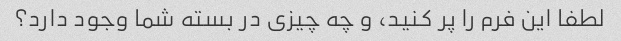
لطفا این فرم را پر کنید، و چه چیزی در بسته شما وجود دارد؟